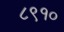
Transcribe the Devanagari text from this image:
८९१०